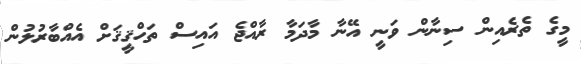
މީގެ ތެރެއިން ސިނާން ވަނީ އޭނާ މާދަމާ ރާއްޖެ އައިސް ތަހްޤީޤަށް އެއްބާރުލުން